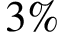
3 \%